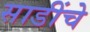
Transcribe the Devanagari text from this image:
साडींचे